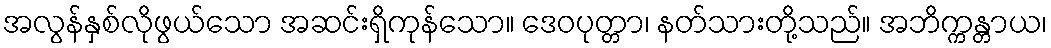
အလွန်နှစ်လိုဖွယ်သော အဆင်းရှိကုန်သော။ ဒေဝပုတ္တာ၊ နတ်သားတို့သည်။ အဘိက္ကန္တာယ၊